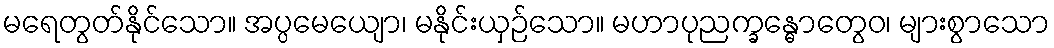
မရေတွတ်နိုင်သော။ အပ္ပမေယျော၊ မနိုင်းယှဉ်သော။ မဟာပုညက္ခန္ဓောတွေဝ၊ များစွာသော